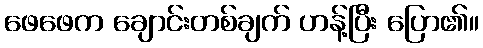
ဖေဖေက ချောင်းတစ်ချက် ဟန့်ပြီး ပြော၏။